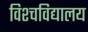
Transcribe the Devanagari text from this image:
विश्चविद्यालय